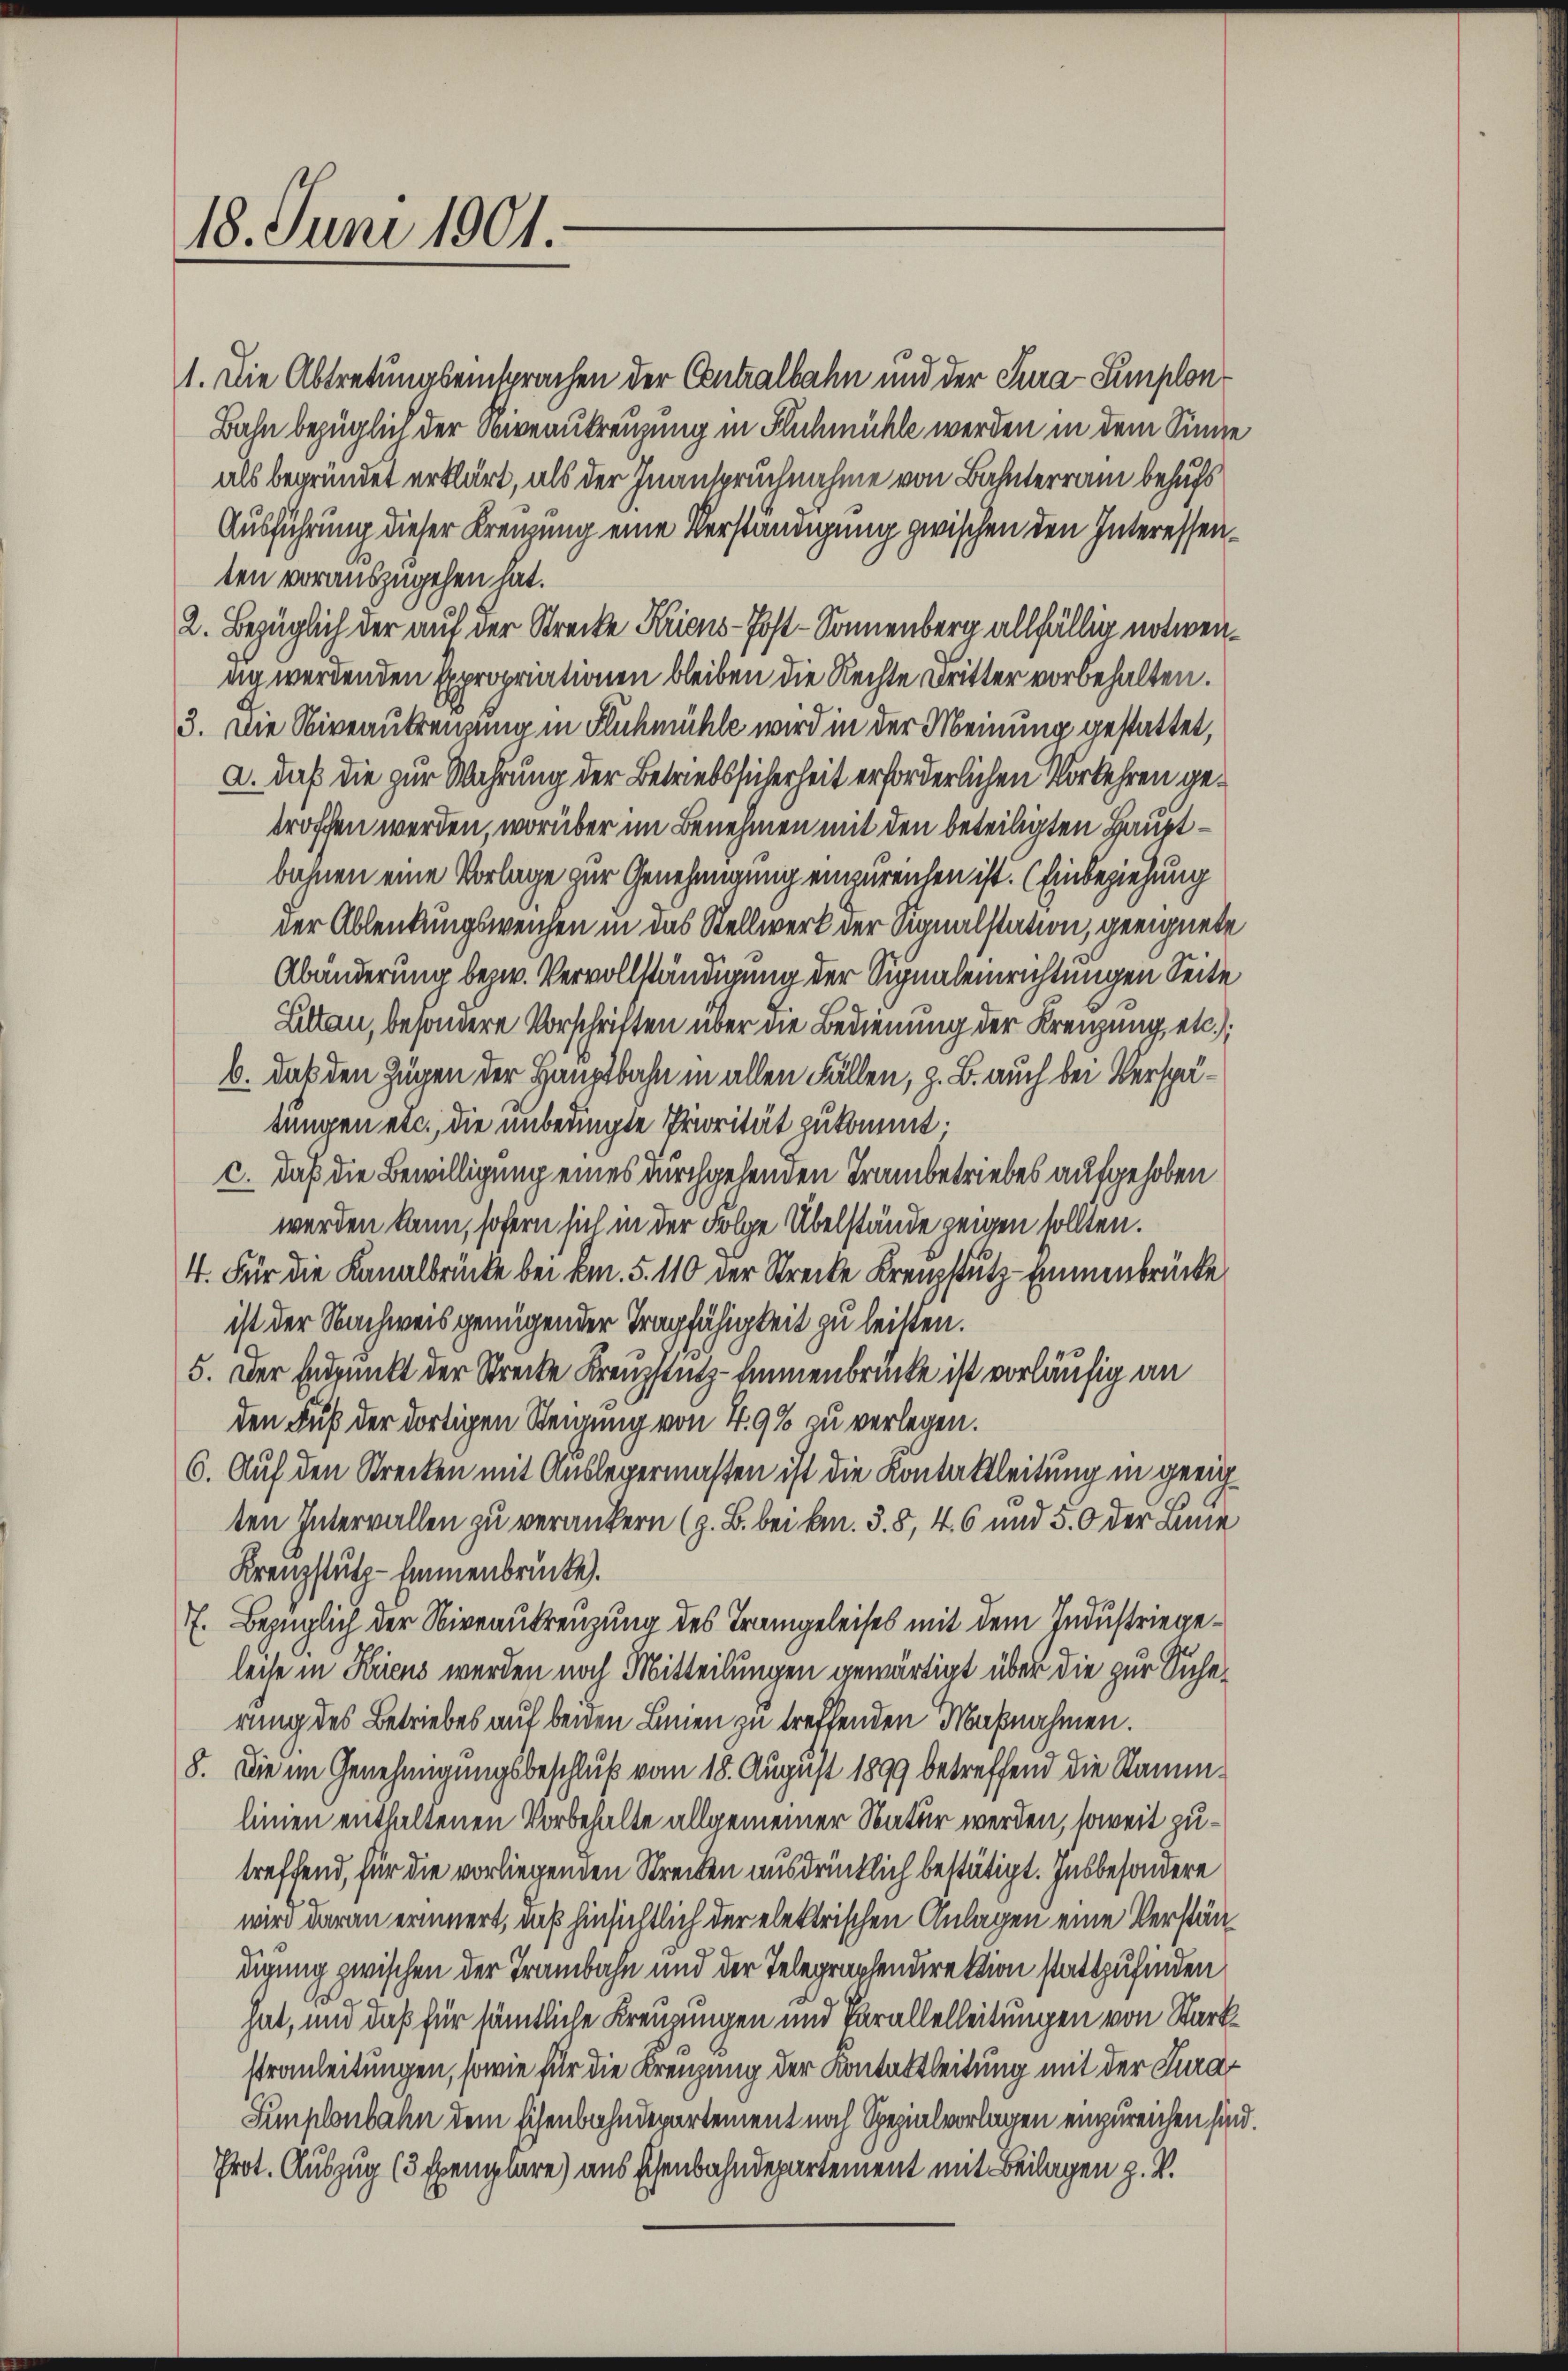
18. Juni 1901.

1. Die Abtretungseinsprachen der Centralbahn und der Tura-Simplon¬
Bahn bezüglich der Niveaukreuzung in Fluhmühle werden in dem Sinne
als begründet erklärt, als der Inanspruchnahme von Bahnterrain behufs
Ausführung dieser Kreizung eine Verständigung zwischen den Interessenten vorauszugehen hat.
2. Bezüglich der auf der Strecke Krions-Post-Sonnenberg allfällig notwennig werdenden Expropriationen bleiben die Rechte Dritter vorbehalten.
3. Die Niveautrenzung in Flüchmühle wird in der Meinung gestattet,
a. daß die zur Wahrung der Betriebssicherheit erforderlichen Vorkehren getroffen werden, worüber im Benehmen mit den beteiligten Hauptbahnen eine Vorlage zur Genehmigung einzureichen ist. (Einbeziehung
der Ablenkungsweichen in das Stellwerk der Signalstation, geeignete
Abänderung bezw. Vervollständigung der Signaleinrichtungen Seite
Lilten, besondere Vorschriften über die Bedienung der Kreuzung etc.),
b. daß den Zügen der Hauptbahn in allen Fällen, z. B. auch bei Verspätungen etc., die unbedingte Priorität zukommt.
c. daß die Bewilligung eines durchgehenden Trambetriebes aufgehoben
werden kann, sofern sich in der Folge Übelstände zeigen sollten.
4. Für die Kanalbrücke bei km. 5. 110 der Strecke Krenzstutz-Emmenbrücke
ist der Nachweis genügender Tragfähigkeit zu leisten.
5. Der Endpunkt der Strecke Kreuzstitz-Einnenbrücke ist vorläufig an
den Fuß der dortigen Steinung von 4. 9% zu verlegen.
6. Auf den Strecken mit Auslegermaßen ist die Kontaktleitung in geeigten Intervallen zu verankern (z. B. bei kn. 3. 8, 46 und 5. O der ane
Krenzstütz-Emmenbrücke).
7. Bezüglich der Niveaukreuzung des Trangeleises mit dem Industriegeleise in Kriens werden noch Mitteilungen gewärtigt über die zur Sicherung des Betriebes auf beiden Linien zu treffenden Maßnahmen.
8. Die im Genehmigungsbeschluß vom 18. August 1899 betreffend die Stamm-
linien enthaltenen Vorbehalte allgemeiner Natur werden, soweit zutreffend, für die vorliegenden Streiten ausdrücklich bestätigt. Insbesondere
wird daran erinnert, daß hinsichtlich der elektrischen Anlagen eine Verständigung zwischen der Trambahn und der Telegraphendirektion stattzufinden
1
hat, und daß für sämtliche Kreuzungen und Parallelleitungen von Starkstrauleitungen, sowie für die Kreuzung der Kontaktleitung mit der Tura¬
Simplonbahn dem Eisenbahndepartement noch Spezialvorlagen einzureichen sind
Prot. Auszug (3 Exemplare) aus schenbahndepartement mit Beilagen z. V.